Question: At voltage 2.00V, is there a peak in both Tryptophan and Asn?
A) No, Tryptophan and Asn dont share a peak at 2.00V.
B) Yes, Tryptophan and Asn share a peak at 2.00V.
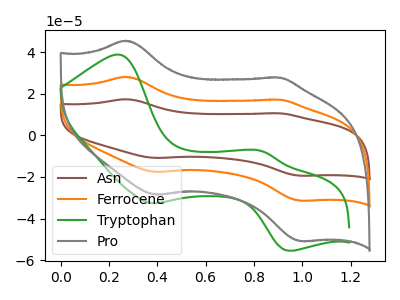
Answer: <think>The brown curve "Asn" has anodic peaks at (0.25V, 56.25uA) (0.90V, 34.35uA) and cathodic peaks at (0.40V, -35.20uA) (1.00V, -62.85uA). The orange curve "Ferrocene" has anodic peaks at (0.25V, 28.10uA) (0.90V, 17.20uA) and cathodic peaks at (0.40V, -17.60uA) (1.00V, -31.40uA). The green curve "Tryptophan" has anodic peaks at (0.25V, 38.80uA) (0.85V, -7.50uA) and cathodic peaks at (0.40V, -32.60uA) (0.95V, -55.40uA). The gray curve "Pro" has anodic peaks at (0.25V, 45.50uA) (0.90V, 27.80uA) and cathodic peaks at (0.40V, -28.50uA) (1.00V, -50.85uA).</think>
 <answer>A) No, "Tryptophan" and "Asn" dont share a peak at 2.00V.</answer>
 <eval>A</eval>